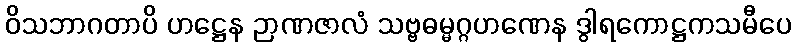
ဝိသဘာဂတာပိ ဟဋ္ဌေန ဉာဏဇာလံ သဗ္ဗဓမ္မဂ္ဂဟဏေန ဒွါရကောဋ္ဌကသမီပေ